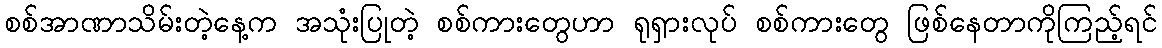
စစ်အာဏာသိမ်းတဲ့နေ့က အသုံးပြုတဲ့ စစ်ကားတွေဟာ ရုရှားလုပ် စစ်ကားတွေ ဖြစ်နေတာကိုကြည့်ရင်